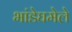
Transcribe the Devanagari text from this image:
भांडेघमेले